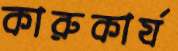
কারুকার্য